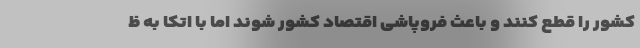
کشور را قطع کنند و باعث فروپاشی اقتصاد کشور شوند اما با اتکا به ظ